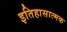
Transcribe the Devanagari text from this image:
इतिहासात्मक